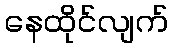
နေထိုင်လျက်